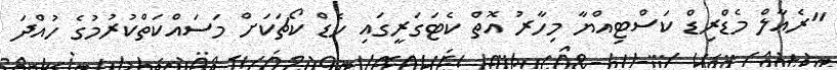
"ރެއާލް މެޑްރިޑް ކަސްޓިއްޔާ މިހާރު އޮތް ކެޓަގަރީގައި ހެޑް ކޯޗަކަށް މަސައްކަތްކުރުމުގެ ހުއްދަ